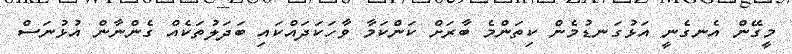
މީގޭން އެނގެނީ އަޅުގަނޑުމެން ކިތަންމެ ބާރަށް ކަންކަމާ ވާހަކަދައްކައި ބަދަލުތަކެއް ގެންނާން އުޅުނަސް